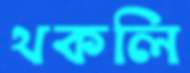
থকলি